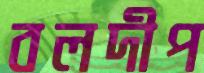
বলদীপ